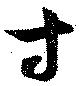
寸